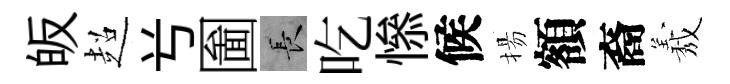
皈超𠔃圗长吃𢡖候揚額裔𦏁